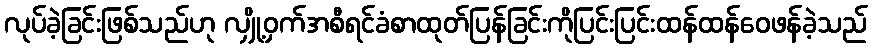
လုပ်ခဲ့ခြင်းဖြစ်သည်ဟု လျှို့ဝှက်အစီရင်ခံစာထုတ်ပြန်ခြင်းကိုပြင်းပြင်းထန်ထန်ဝေဖန်ခဲ့သည်